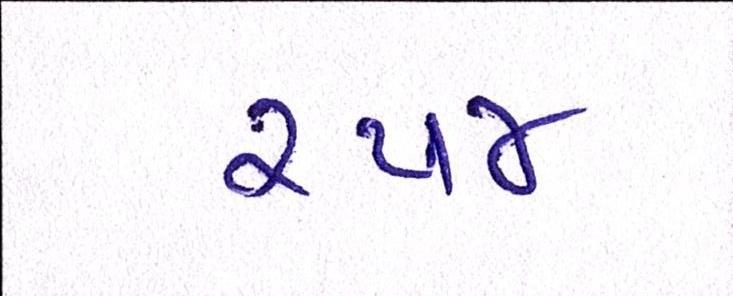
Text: ૨૫૪